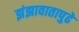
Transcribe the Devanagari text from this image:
झंझावातापुढे